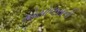
મોસોલસની